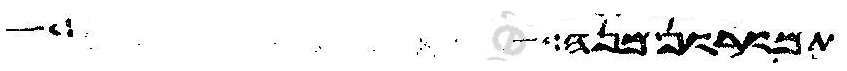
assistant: תמורון מנה